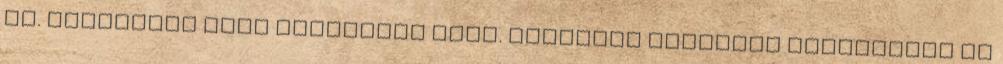
De. láthatóan elég szétszórt volt. Miközben odaértek lassacskán Al